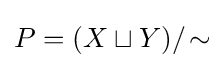
P=(X\sqcup Y)/\!\sim